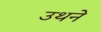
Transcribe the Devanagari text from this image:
उथने